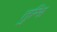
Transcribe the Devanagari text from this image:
तुम्हि